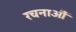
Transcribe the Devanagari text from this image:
रचनाऔं